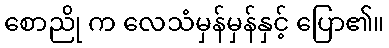
စောညို က လေသံမှန်မှန်နှင့် ပြော၏။